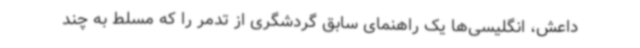
داعش، انگلیسی‌ها یک راهنمای سابق گردشگری از تدمر را که مسلط به چند